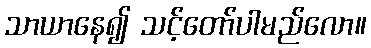
သာယာနေ၍ သင့်တော်ပါမည်လော။